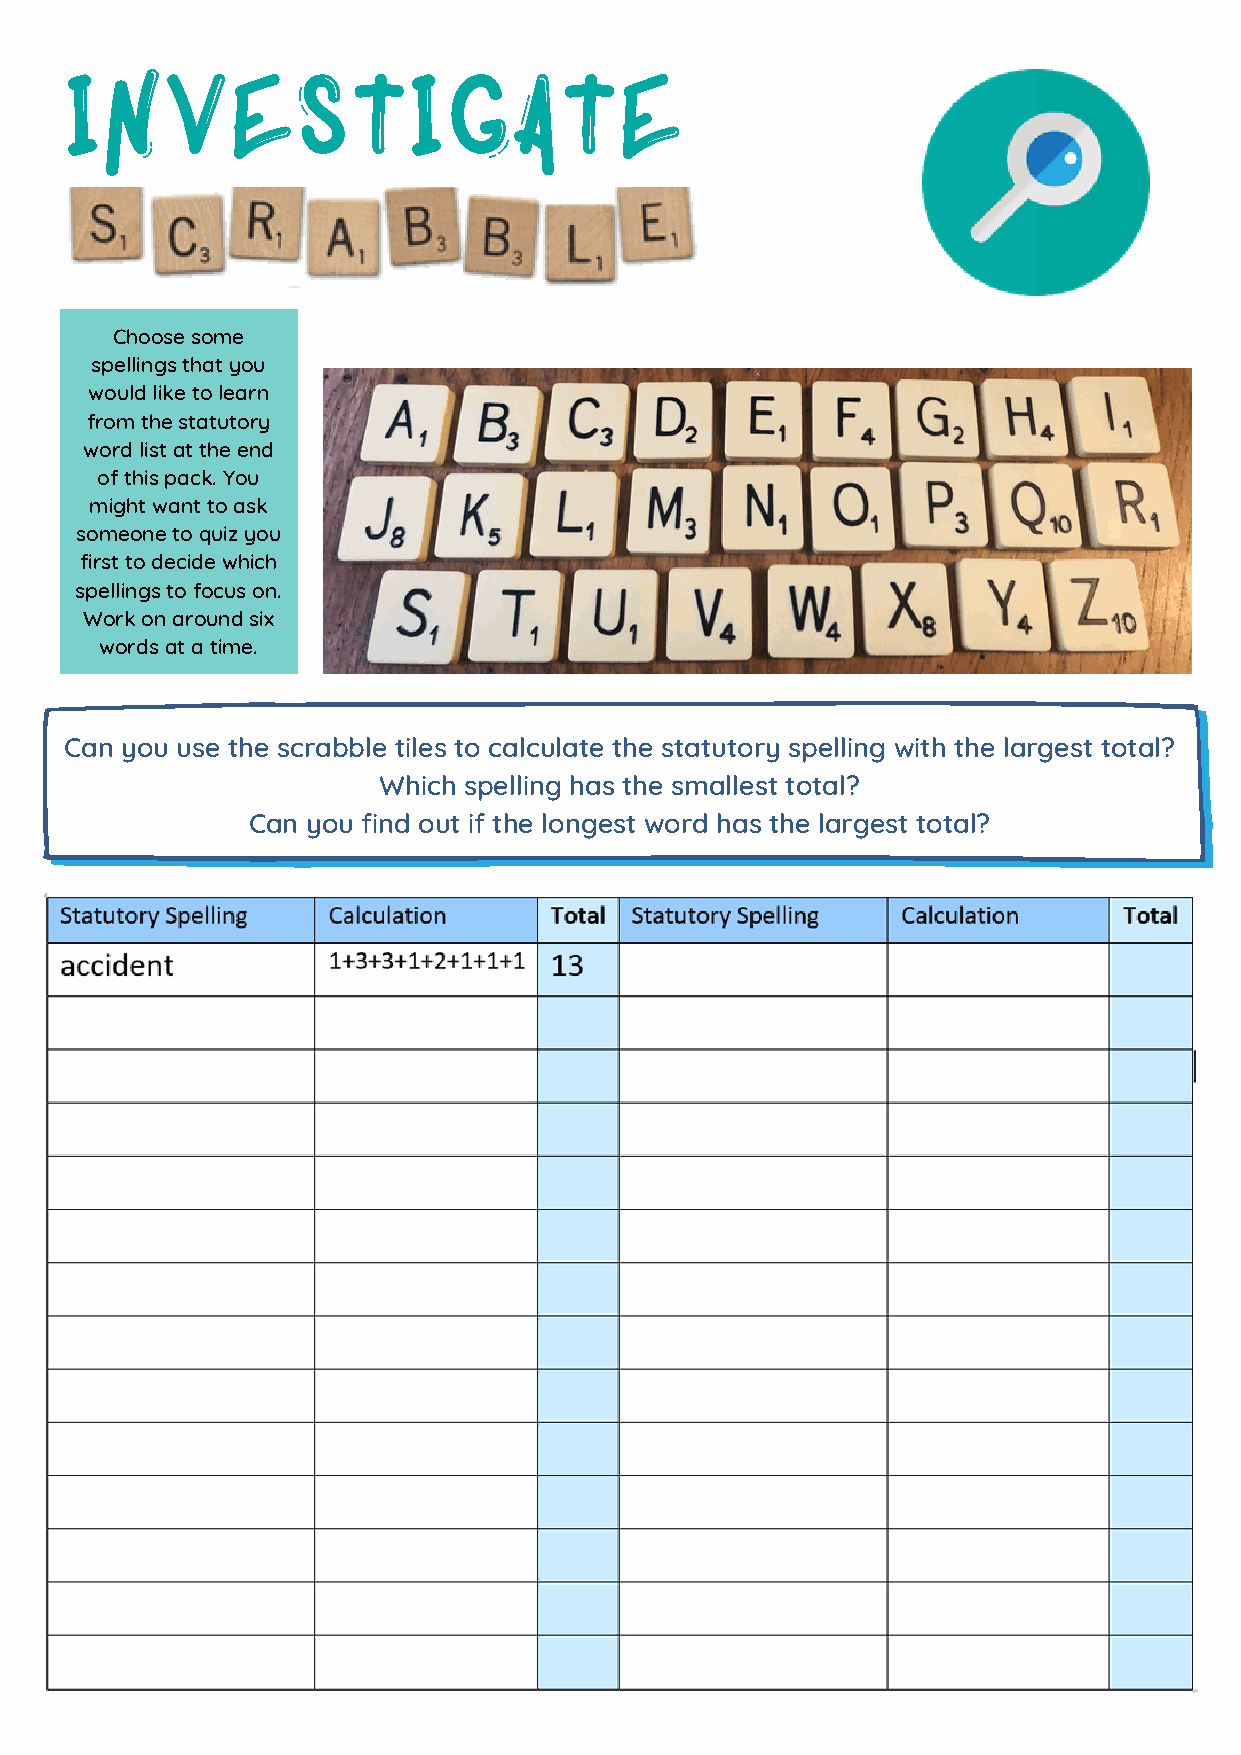
INVESTIGATE
 Choose some
 spellings that you
 would like to learn
 from the statutory
 word list at the end
 of this pack. You
 might want to ask
 someone to quiz you
 first to decide which
 spellings to focus on.
 Work on around six
 words at a time.
 Can you use the scrabble tiles to calculate the statutory spelling with the largest total?
 Which spelling has the smallest total?
 Can you find out if the longest word has the largest total?